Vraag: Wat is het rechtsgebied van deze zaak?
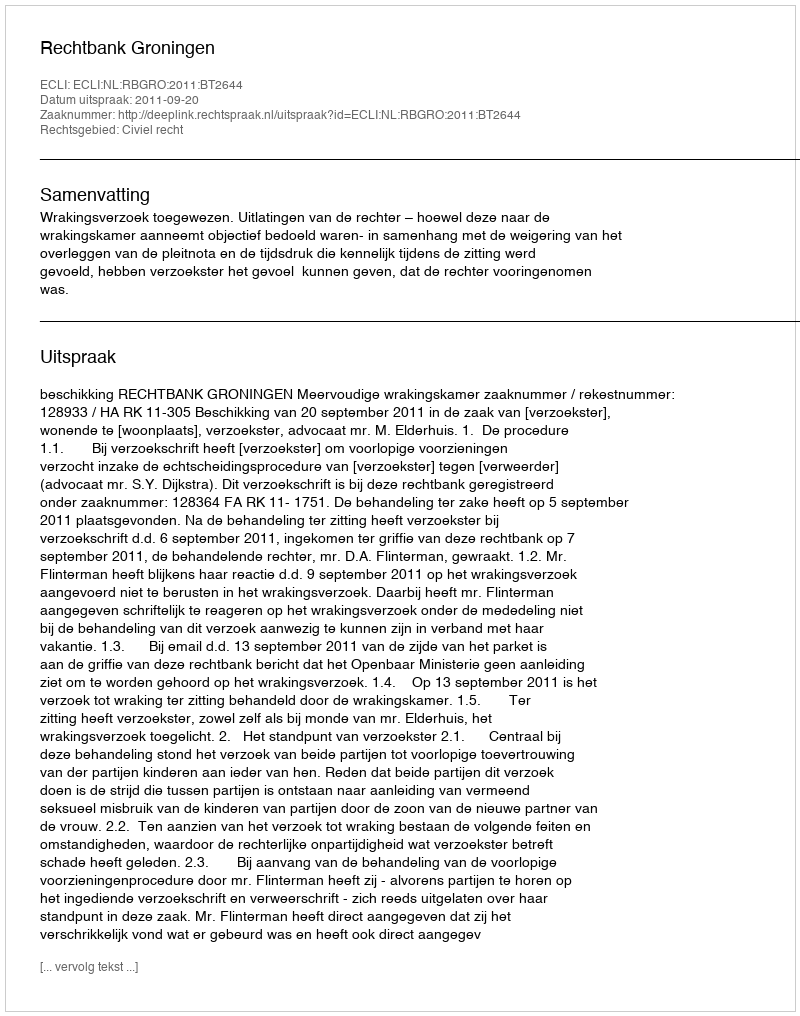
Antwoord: Civiel recht